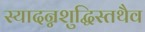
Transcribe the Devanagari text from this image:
स्यादन्नशुद्धिस्तथैव